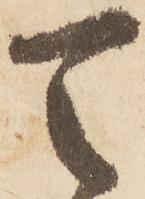
天